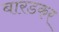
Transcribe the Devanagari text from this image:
बारडकर